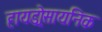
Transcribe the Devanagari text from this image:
हायड्रोसायनिक